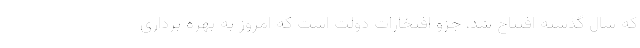
که سال گذشته افتتاح شد، جزو افتخارات دولت است که امروز به بهره برداری